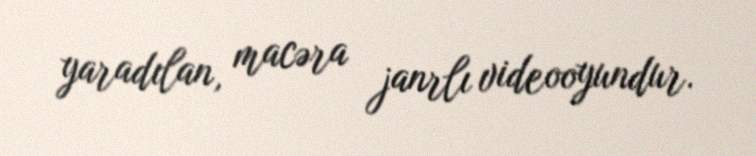
yaradılan, macəra janrlı videooyundur.